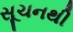
સૂચનથી